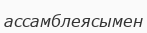
ассамблеясымен